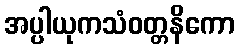
အပ္ပါယုကသံဝတ္တနိကော